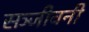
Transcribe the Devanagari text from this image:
सञ्जीवनी